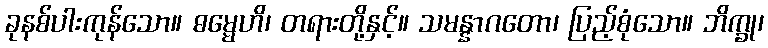
ခုနစ်ပါးကုန်သော။ ဓမ္မေဟိ၊ တရားတို့နှင့်။ သမန္နာဂတော၊ ပြည့်စုံသော။ ဘိက္ခု၊